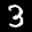
Label: 3